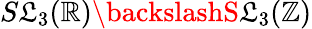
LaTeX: S\mathfrak{L}_{3}(\mathbb{{R}})\backslashS\mathfrak{L}_{3}(\mathbb{{Z}})